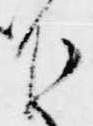
下